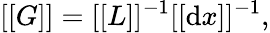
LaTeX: [[G]]=[[L]]^{-1}[[\mathrm{d}x]]^{-1},